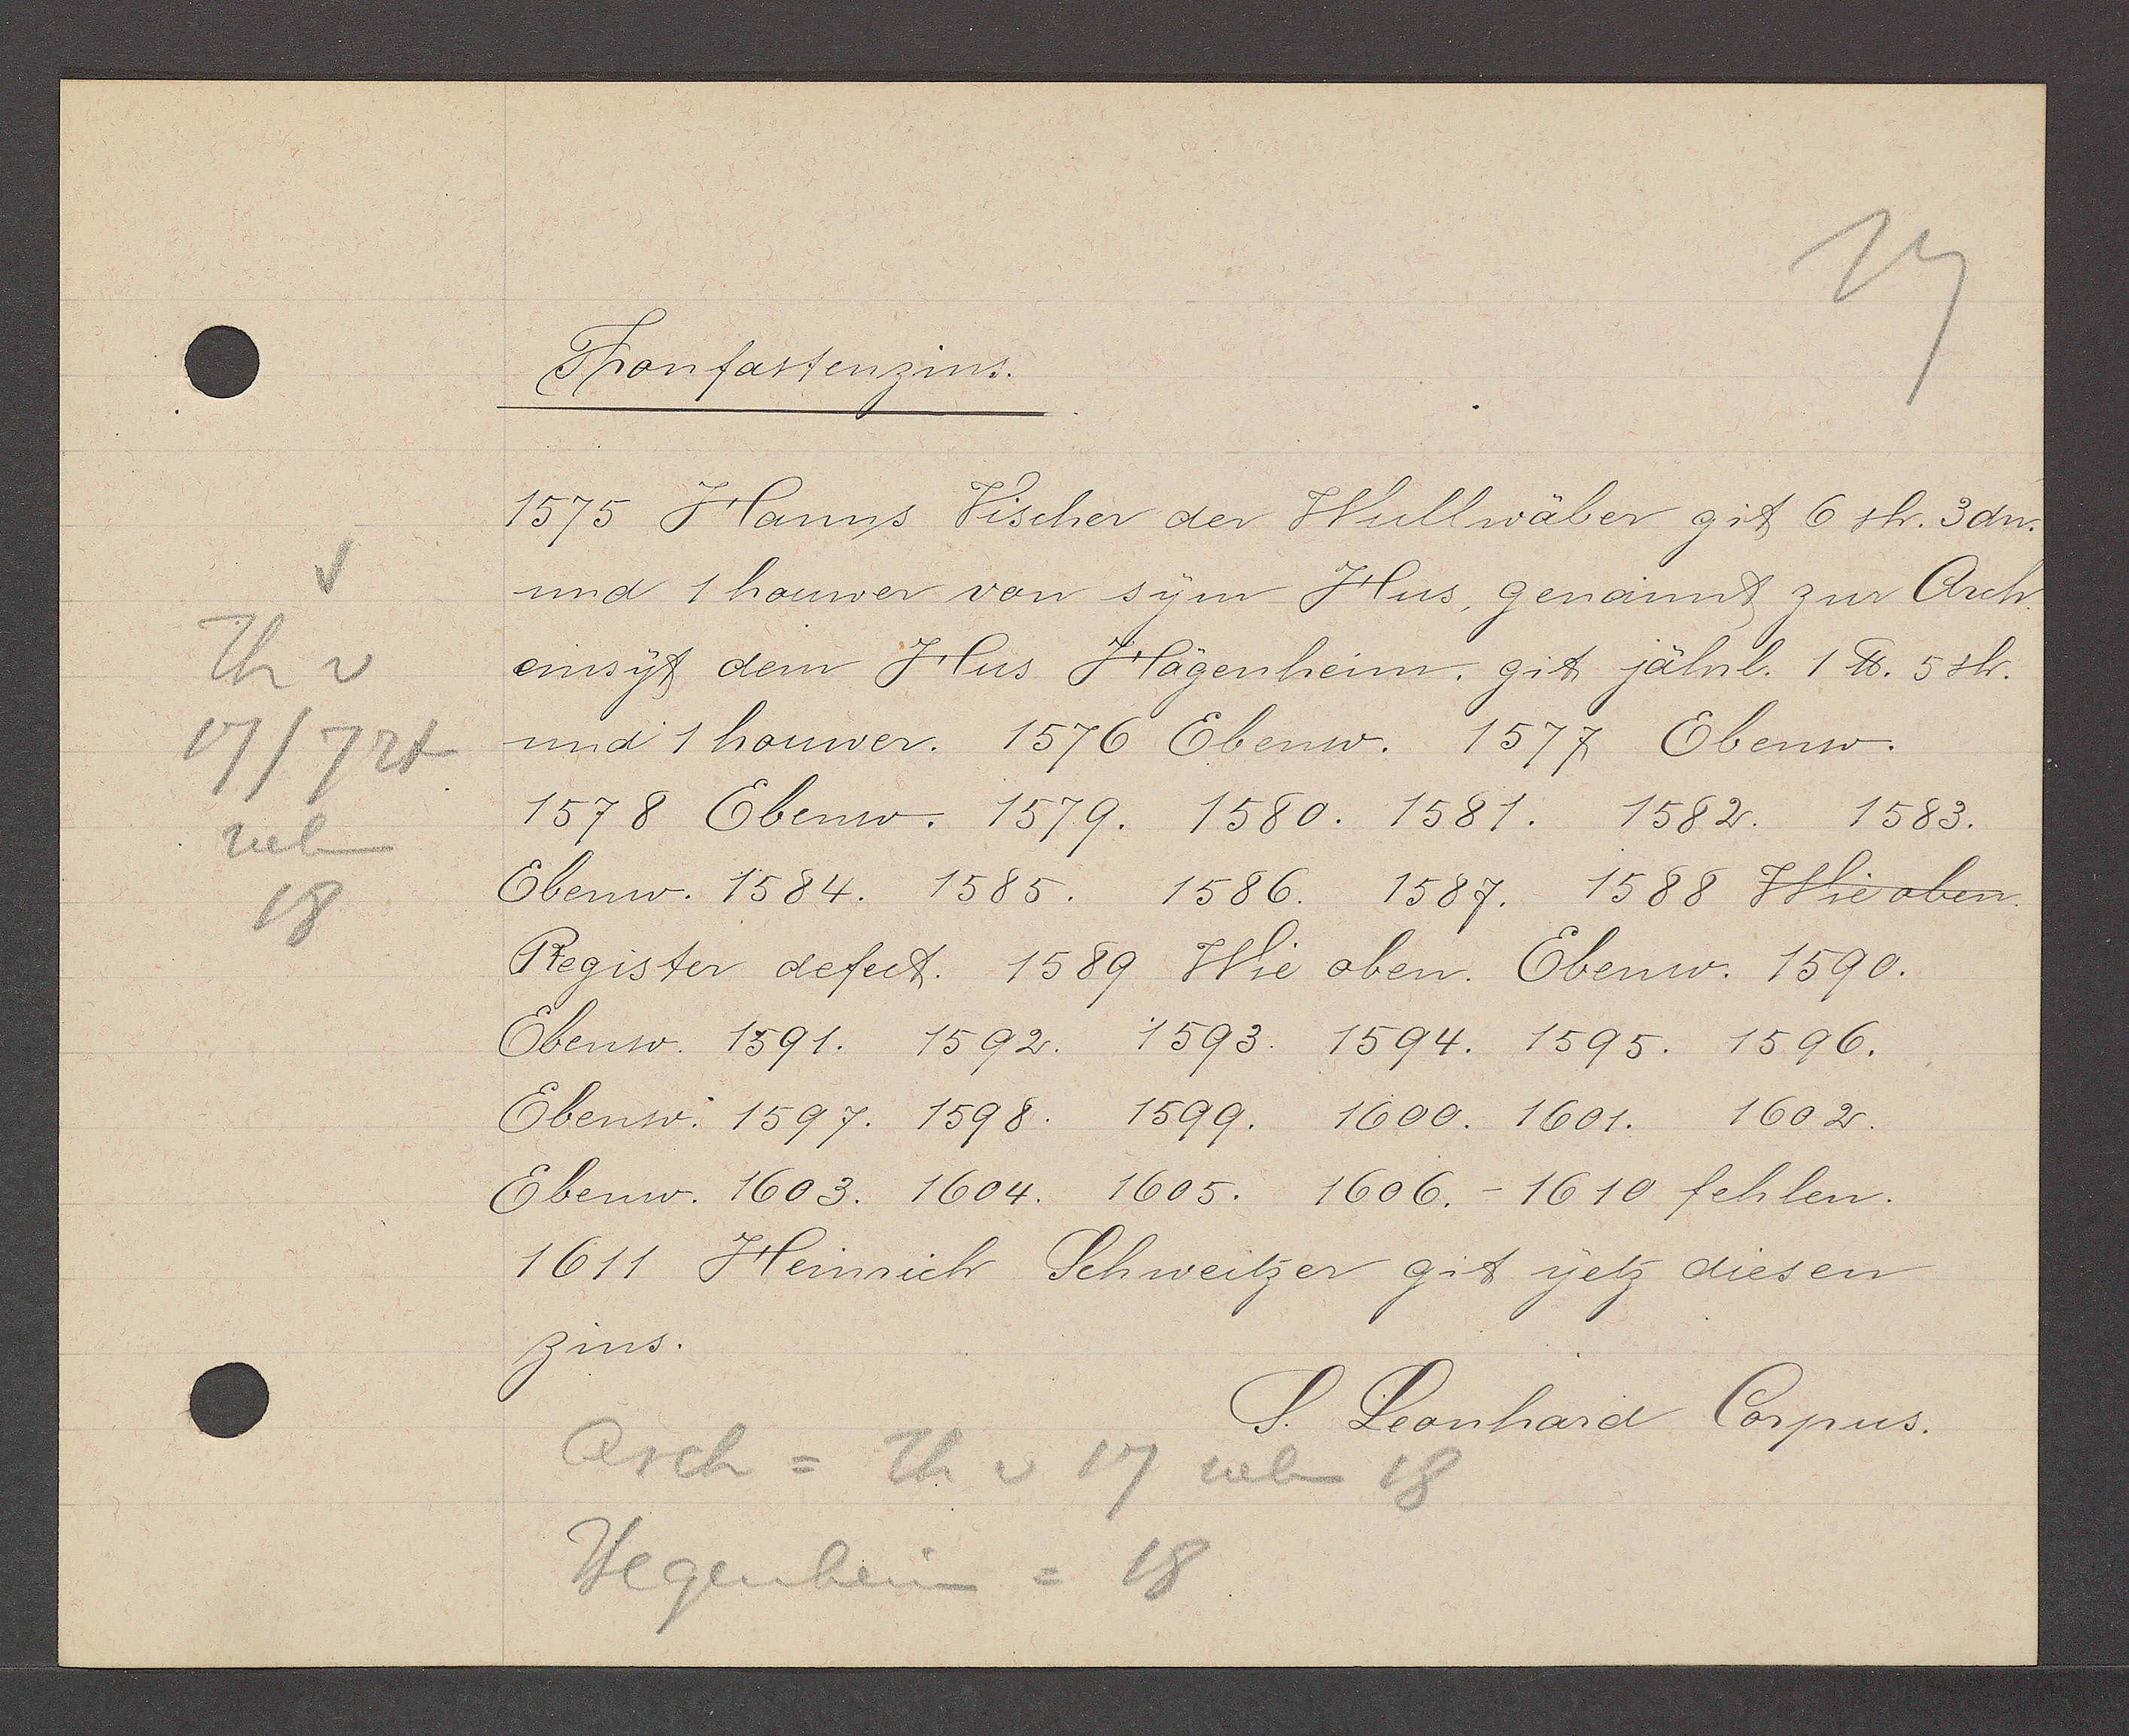
Transcript:
Th v
17/724
neben
18

Fronfastenzins.

1575 Hanns Vischer der Wullwäber git 6 sh. 3dn.
und 1 houwer von sym Hus, genannt zur Arch¬
einsyt dem Hus Hägenheim, git jährl. 1 ℔. 5 sh.
und 1 houwer. 1576 Ebenso. 1577. Ebenso.
1578 Ebenso. 1579. 1580. 1581. 1582. 1583.
Ebenso. 1584. 1585. 1586. 1587. 1588 Wie oben
Register defect. 1589 Wie oben. Ebenso. 1590.
Ebenso. 1591. 1592. 1593. 1594. 1595. 1596.
Ebenso. 1597. 1598. 1599. 1600. 1601. 1602.
Ebenso. 1603. 1604. 1605. 1606.- 1610 fehlen.
1611 Heinrich Schweitzer git yetz diesen
zins.

S. Leonhard Corpus.

Arch = Th v 17 neben 18
Hegenheim = 18